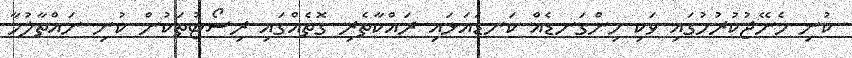
ކުނި މެނޭޖުކުރުމުގައި ވަކި މިންގަނޑެއް ކަނޑައަޅައި ރައްކާތެރި ގޮތެއްގައި ރިސޯޓުތަކުން ކުނި ނައްތާލުމާ